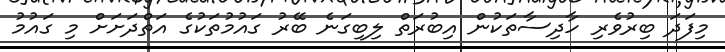
މިފަދަ ބިރުވެރި ހާދިސާތަކުން އިބުރަތް ލިބިގަނެ ބޭރު ގައުމުތަކުގެ އަތްދަށަށް މި ގައުމު